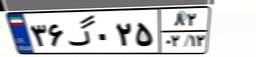
۸۰گ۹۹۳۷۰